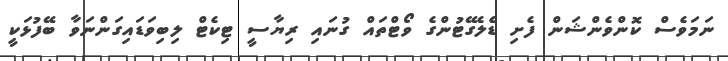
ނަމަވެސް ކޮންވެންޝަން ފެށި ޑެލެގޭޓުންގެ ވޯޓްތައް ގުނައި ރިޔާސީ ޓިކެޓް ލިބިވަޑައިގަންނަވާ ބޭފުޅަކީ